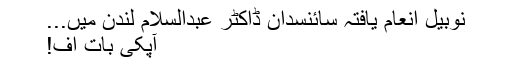
نوبیل انعام یافتہ سائنسدان ڈاکٹر عبدالسلام لندن میں...
آپکی بات اف!